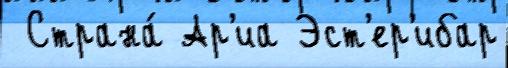
 Страна́ Ар'иа Эст'ер'ибар